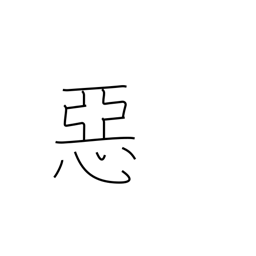
Meaning: evil